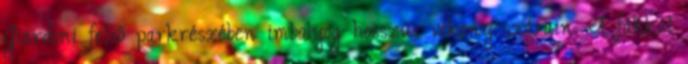
Giardini felső parkrészében imbolyog hosszú, vékony szárain. A fákkal